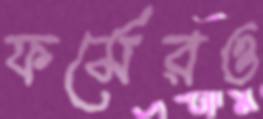
ফর্মেরও